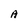
Character: A